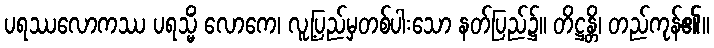
ပရဿလောကဿ ပရသ္မိံ လောကေ၊ လူ့ပြည်မှတစ်ပါးသော နတ်ပြည်၌။ တိဋ္ဌန္တိ၊ တည်ကုန်၏။